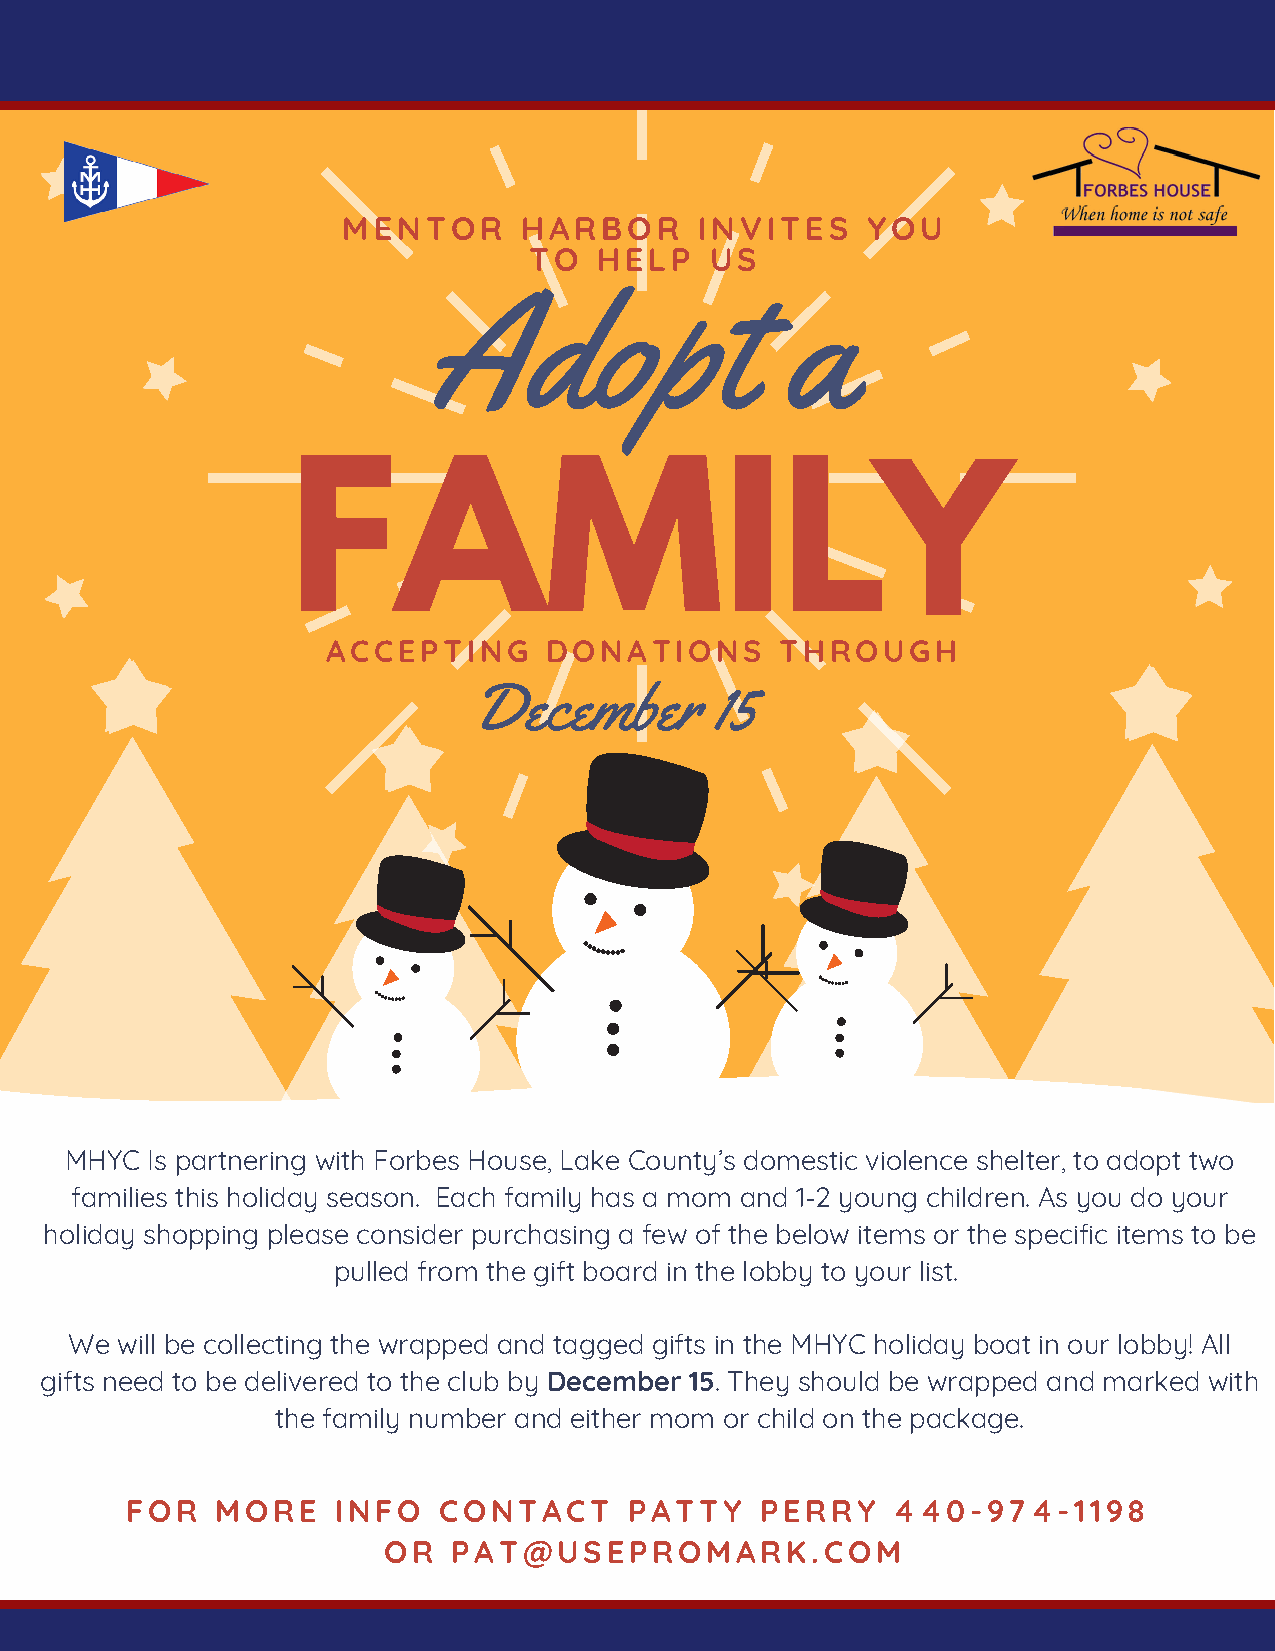
MENTOR     HARBOR      INVITES    YOU
 TO   HELP   US
 Adopt                   a
 FAMILY
 ACCEPTING     DONATIONS       THROUGH
 December        15
 MHYC  Is partnering with Forbes House, Lake County’s domestic violence shelter, to adopt two
 families this holiday season. Each family has a mom and 1-2 young children. As you do your
 holiday shopping please consider purchasing a few of the below items or the specific items to be
 pulled from the gift board in the lobby to your list.
 We will be collecting the wrapped and tagged gifts in the MHYC holiday boat in our lobby! All
 gifts need to be delivered to the club by December 15. They should be wrapped and marked with
 the family number and either mom or child on the package.
 FOR   MORE    INFO   CONTACT      P ATTY  PERRY    440-974-1198
 OR   PAT@USEP     ROMARK.COM